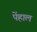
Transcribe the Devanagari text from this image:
पेंहाल